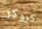
كروكر